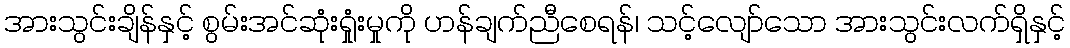
အားသွင်းချိန်နှင့် စွမ်းအင်ဆုံးရှုံးမှုကို ဟန်ချက်ညီစေရန်၊ သင့်လျော်သော အားသွင်းလက်ရှိနှင့်